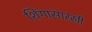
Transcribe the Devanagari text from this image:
शिंगासारखी